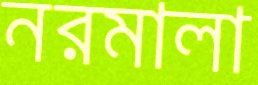
নরমালা